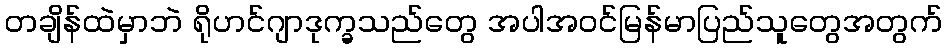
တချိန်ထဲမှာဘဲ ရိုဟင်ဂျာဒုက္ခသည်တွေ အပါအဝင်မြန်မာပြည်သူတွေအတွက်